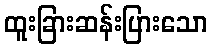
ထူးခြားဆန်းပြားသော